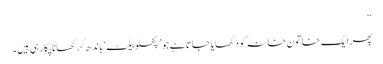
‘‘
پھر ایک خاتونِ خانہ کو دکھایا جاتا ہے جو’ پگھلو بیلٹ‘ باندھ کر کھانا پکارہی ہیں۔